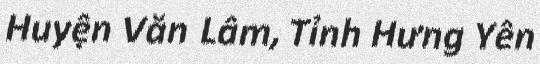
Huyện Văn Lâm, Tỉnh Hưng Yên